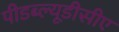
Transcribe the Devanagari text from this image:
पीडब्ल्यूडीसीए